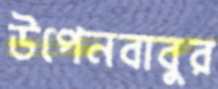
উপেনবাবুর